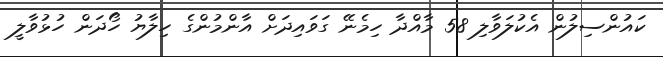
ކައުންސިލުން އެކުލަވާލި 58 މާއްދާ ހިމެނޭ ގަވައިދަށް އާންމުންގެ ހިލާޔު ހޯދަން ހުޅުވާލީ